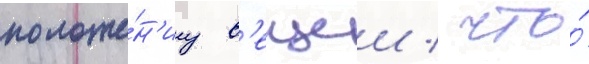
положе́н'иу в'ещеи / что́